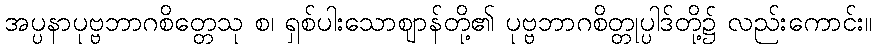
အပ္ပနာပုဗ္ဗဘာဂစိတ္တေသု စ၊ ရှစ်ပါးသောဈာန်တို့၏ ပုဗ္ဗဘာဂစိတ္တုပ္ပါဒ်တို့၌ လည်းကောင်း။